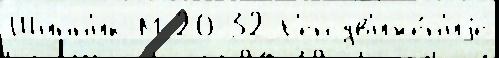
Шинн'ик-М 20-32 Г'ен дв'иже́н'иjе